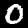
Digit: 0